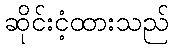
ဆိုင်းငံ့ထားသည်